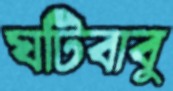
ঘটিবাবু